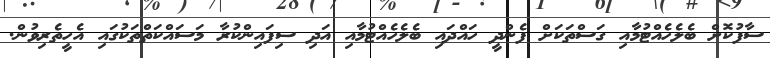
ސާފުކޮށް ބެލެހެއްޓުމާއި ގަސްތަކަށް ފެންދީ ހައްދައި ބެލެހެއްޓުމާއި އަދި ސިފައިންކުރާ މަސައްކަތްތަކުގައި އެހީތެރިވުން.